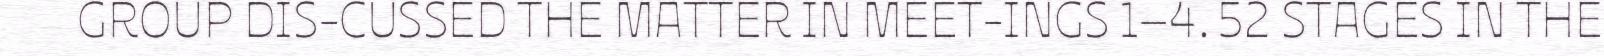
GROUP DIS-CUSSED THE MATTER IN MEET-INGS 1–4. 52 STAGES IN THE